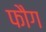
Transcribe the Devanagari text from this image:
फौग